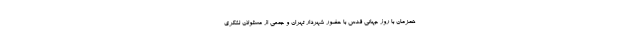
همزمان با روز جهانی قدس با حضور شهردار تهران و جمعی از مسئولان لشکری